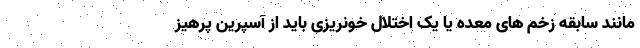
مانند سابقه زخم های معده یا یک اختلال خونریزی باید از آسپرین پرهیز